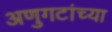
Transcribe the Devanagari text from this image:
अणुगटांच्या